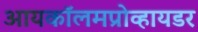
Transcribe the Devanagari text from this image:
आयकॉलमप्रोव्हायडर